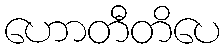
ဟောတီတိပေ